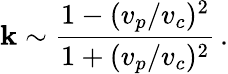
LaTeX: \mathbf{k}\sim\frac{{1-(v_{p}/v_{c})^{2}}}{{1+(v_{p}/v_{c})^{2}}}\, .